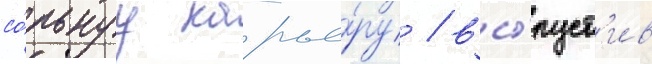
со́льнуу карье́ру / вы́пуст'ив